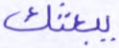
يبعثك